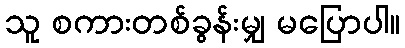
သူ စကားတစ်ခွန်းမျှ မပြောပါ။